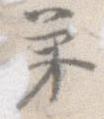
弟